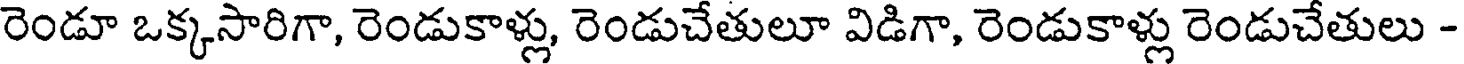
రెండూ ఒక్కసారిగా, రెండుకాళ్లు, రెండుచేతులూ విడిగా, రెండుకాళ్లు రెండుచేతులు -